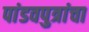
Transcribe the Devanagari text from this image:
पांडवपुत्रांचा